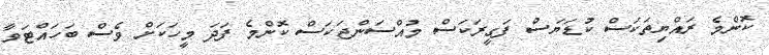
ކޮންމެ ރައްޔިތަކަސް ކުޑަޔަސް ފަގީރަކަސް މުއްސަންޖަކަސް ކޮންމެ ފަދަ މީހަކަށް ވެސް ބަހައްޓަވާ